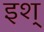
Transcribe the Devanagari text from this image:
इश्